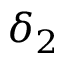
\delta _ { 2 }